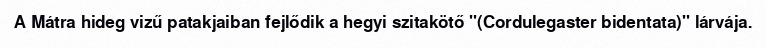
A Mátra hideg vizű patakjaiban fejlődik a hegyi szitakötő "(Cordulegaster bidentata)" lárvája.